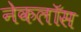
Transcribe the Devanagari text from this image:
नेकलॉस